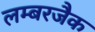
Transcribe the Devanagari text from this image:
लम्बरजैक